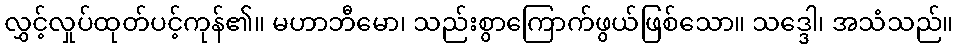
လွှင့်လှုပ်ထုတ်ပင့်ကုန်၏။ မဟာဘီမော၊ သည်းစွာကြောက်ဖွယ်ဖြစ်သော။ သဒ္ဒေါ၊ အသံသည်။